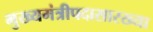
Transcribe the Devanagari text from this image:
मुख्यमंत्रीपदासारख्या